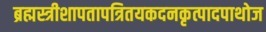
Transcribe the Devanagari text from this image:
ब्रह्मस्त्रीशापतापत्रितयकदनकृत्पादपाथोज